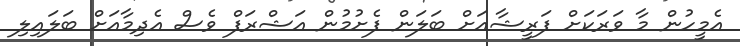
އެމީހުން މާ ވަރަކަށް ފަރީޝާއަށް ބަލަން ފެށުމުން އަޝްރަފް ވެސް އެދިމާއަށް ބަލައިލި